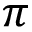
\pi